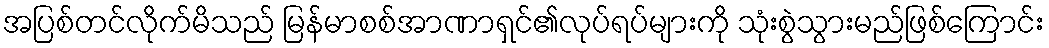
အပြစ်တင်လိုက်မိသည် မြန်မာစစ်အာဏာရှင်၏လုပ်ရပ်များကို သုံးစွဲသွားမည်ဖြစ်ကြောင်း